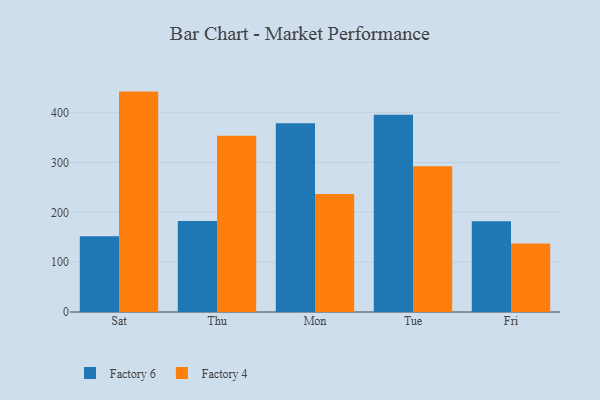
{"axis": {"x": "Day", "y": "Energy Usage (MWh)"}, "legend": ["Factory 4", "Factory 6"], "data": [{"x": "Sat", "y": 152.0, "type": "Factory 6"}, {"x": "Sat", "y": 442.3, "type": "Factory 4"}, {"x": "Thu", "y": 182.7, "type": "Factory 6"}, {"x": "Thu", "y": 353.6, "type": "Factory 4"}, {"x": "Mon", "y": 378.8, "type": "Factory 6"}, {"x": "Mon", "y": 236.6, "type": "Factory 4"}, {"x": "Tue", "y": 395.6, "type": "Factory 6"}, {"x": "Tue", "y": 292.3, "type": "Factory 4"}, {"x": "Fri", "y": 182.3, "type": "Factory 6"}, {"x": "Fri", "y": 137.7, "type": "Factory 4"}]}